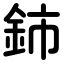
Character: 鈰